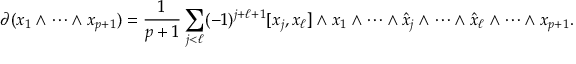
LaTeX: \partial ( x _ { 1 } \wedge \cdots \wedge x _ { p + 1 } ) = { \frac { 1 } { p + 1 } } \sum _ { j < \ell } ( - 1 ) ^ { j + \ell + 1 } [ x _ { j } , x _ { \ell } ] \wedge x _ { 1 } \wedge \cdots \wedge { \hat { x } } _ { j } \wedge \cdots \wedge { \hat { x } } _ { \ell } \wedge \cdots \wedge x _ { p + 1 } .